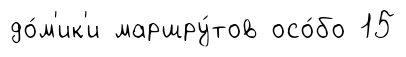
до́м'ик'и маршру́тов осо́бо 15